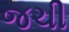
જચી